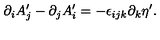
\partial _ { i } A _ { j } ^ { \prime } - \partial _ { j } A _ { i } ^ { \prime } = - \epsilon _ { i j k } \partial _ { k } \eta ^ { \prime } .